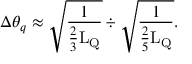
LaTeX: \Delta \theta _ { q } \approx \sqrt \frac { 1 } { \frac { 2 } { 3 } \mathrm { L } _ { \mathrm { { Q } } } } \div \sqrt \frac { 1 } { \frac { 2 } { 5 } \mathrm { L } _ { \mathrm { { Q } } } } .